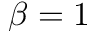
\beta = 1